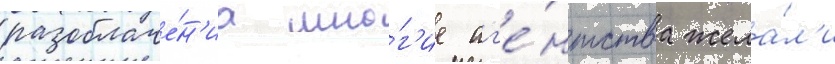
разоблаче́н'иа мно́г'ие аг'е́нтства жела́л'и